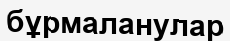
бұрмаланулар